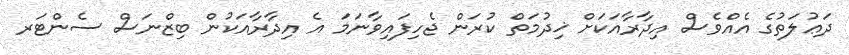
ދަޢުލަތުގެ އެއްވެސް އިދާރާއަކަށް ޚިދުމަތް ކުރަން ޖެހިފައިވާނަމަ އެ އިދާރާއަކުން ބިޒްނަސް ސެންޓަރ